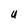
Character: U